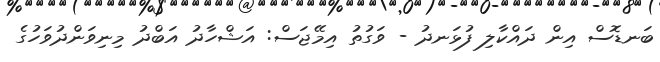
ބަނޑޮސް އިން ދައްކާލި ފުޅަނދު - ވަގުތު އިމޭޖަސް: އަޝްހާދު އަބްދު މިނިވަންދުވަހުގެ